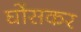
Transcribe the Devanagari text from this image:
घोंसकर